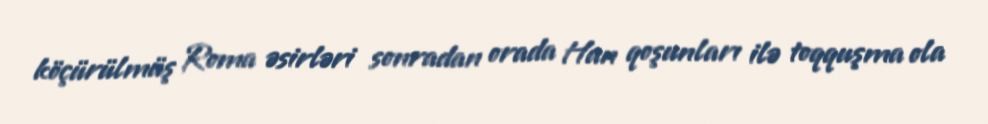
köçürülmüş Roma əsirləri sonradan orada Han qoşunları ilə toqquşma ola